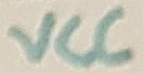
Text: VCC